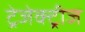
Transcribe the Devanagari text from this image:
ट्रेजेक्ट्रीज